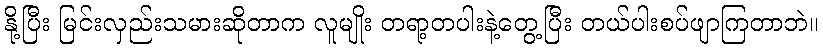
နို့ပြီး မြင်းလှည်းသမားဆိုတာက လူမျိုး တရာ့တပါးနဲ့တွေ့ပြီး တယ်ပါးစပ်ဖျာကြတာဘဲ။